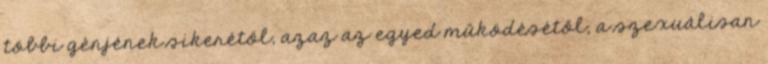
többi génjének sikerétől, azaz az egyed működésétől, a szexuálisan